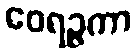
ဝေရဉ္ဇကာ